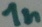
Text: 1n